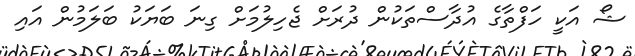
ޝޯ އަކީ ހަފްތާގެ އުދާސްތަކުން ދުރަށް ޖެހިލުމަށް ގިނަ ބަޔަކު ބަލަމުން އައި